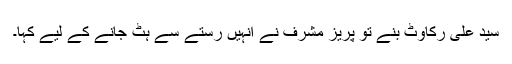
سید علی رکاوٹ بنے تو پریز مشرف نے انہیں رستے سے ہٹ جانے کے لیے کہا۔